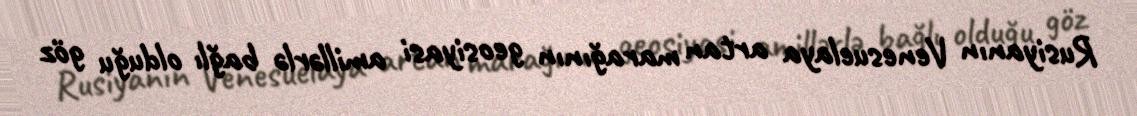
Rusiyanın Venesuelaya artan marağının geosiyasi amillərlə bağlı olduğu göz